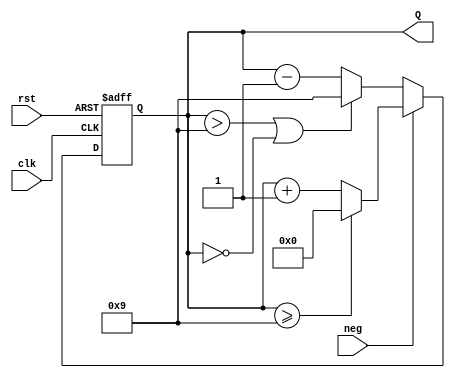
module counter (clk, rst, neg, Q);

input clk, rst, neg;
output [3:0] Q;

reg [3:0] tmp;
parameter limit = 9; 

always @(posedge clk or negedge rst) begin

    if (rst == 0)
        tmp <= 0;
    else begin
        
        if (neg == 0) begin
            // DOWN counter
            tmp  <= tmp - 1;
            if(tmp > limit || tmp == 0)
                tmp <= limit;
        end else begin
            // UP counter
            tmp  <= tmp + 1;
            if(tmp >= limit)
                tmp <= 0;
        end

    end

end

assign Q = tmp;

endmodule